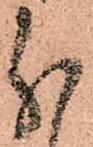
分